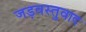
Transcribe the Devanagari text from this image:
जड़वस्तुवाद